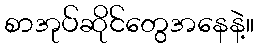
စာအုပ်ဆိုင်တွေအနေနဲ့။